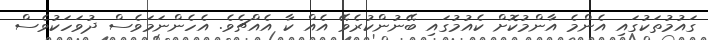
ގައުމުތަކުގައި އެންމެ އާންމުކޮށް ކެއުމުގައި ބޭނުންކުރެވޭ އެއް ކާ އެއްޗެވެ. އެހެންނަމަވެސް ދުވަހަކުވެސް